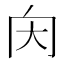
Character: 𡗠